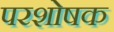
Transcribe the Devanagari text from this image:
परशोषक